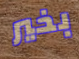
بخير